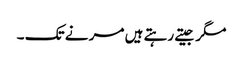
مگر جیتے رہتے ہیں مر نے تک ۔